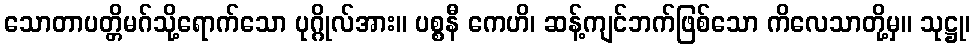
သောတာပတ္တိမဂ်သို့ရောက်သော ပုဂ္ဂိုလ်အား။ ပစ္စနီ ကေဟိ၊ ဆန့်ကျင်ဘက်ဖြစ်သော ကိလေသာတို့မှ။ သုဋ္ဌု၊